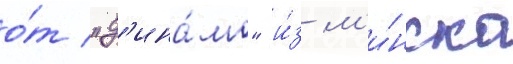
о́т "д'ина́мо" и́з м'и́нска